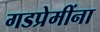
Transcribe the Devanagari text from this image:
गडप्रेमींना